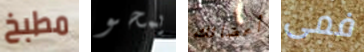
مطبخ يمحو أعضائك فمى